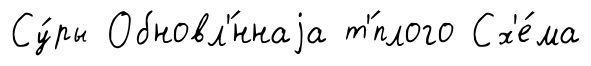
Су́ры Обновл'́ннаjа т'́плого Сх'е́ма